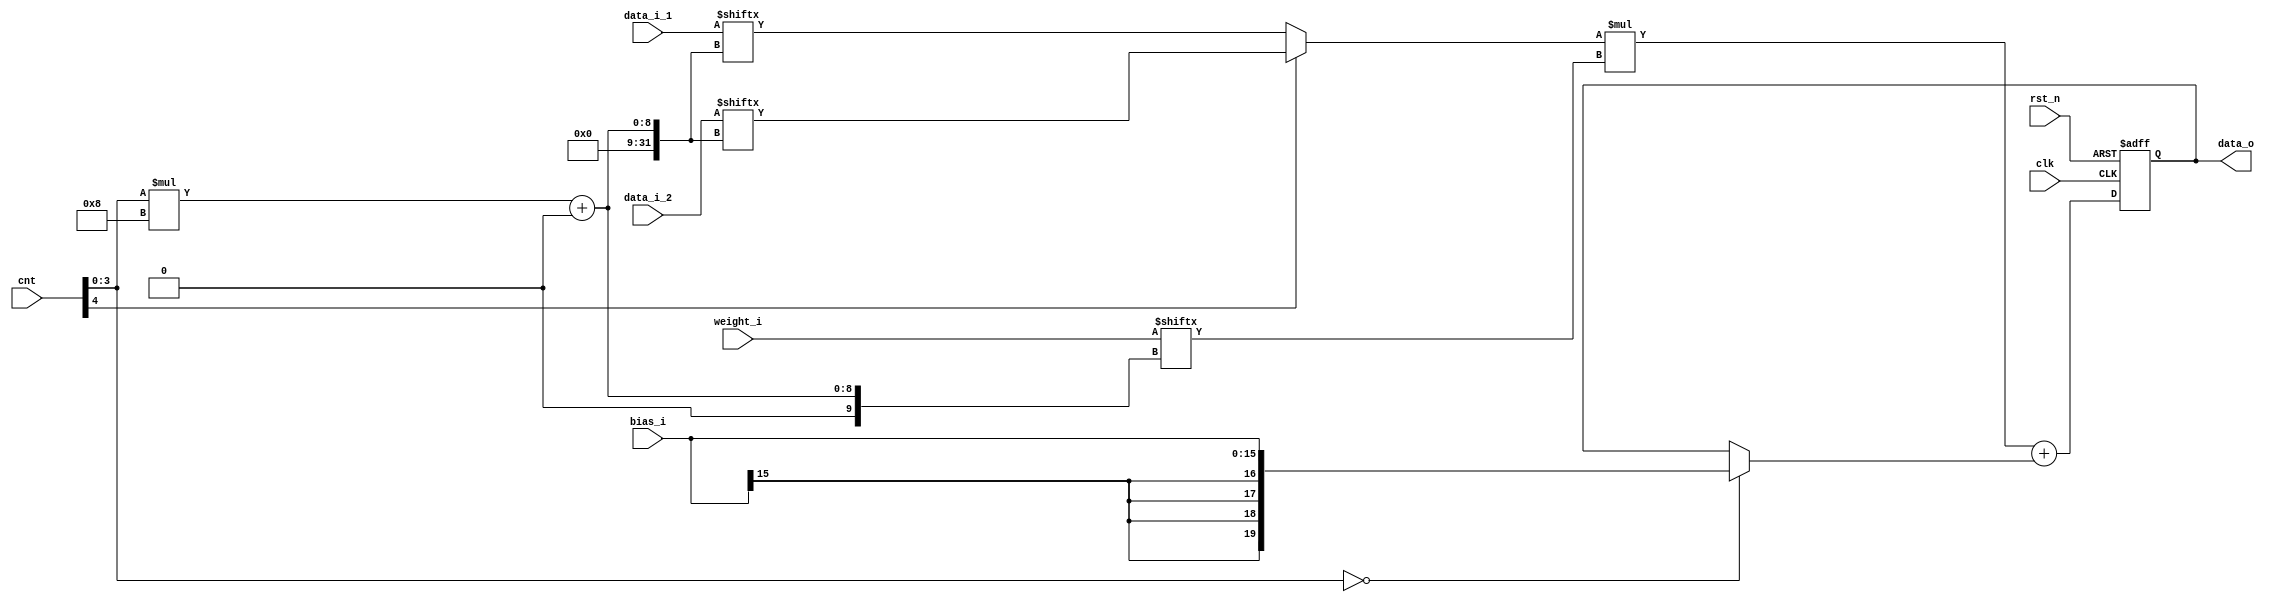
module pe_2(
		input [8*9-1:0] data_i_1,
		input [8*9-1:0] data_i_2,
		input [8*9-1:0] weight_i,
		input signed [15:0] bias_i,
		input clk,
		input rst_n,
		input signed [4:0] cnt,
		output reg signed [19:0] data_o);

wire signed [19:0] add_1,add_2;
wire signed [7:0] mul_1,mul_2;

assign mul_1 = cnt[4]? data_i_2[cnt[3:0]*8+:8] : data_i_1[cnt[3:0]*8+:8];
assign mul_2 = weight_i[cnt[3:0]*8+:8];

assign add_1 = mul_1 * mul_2;
assign add_2 = (!cnt[3:0])?bias_i:data_o;

always@(posedge clk or negedge rst_n)begin //data_o
	if(!rst_n)data_o <= 0;
	else data_o <= add_1 + add_2;
end


endmodule